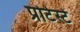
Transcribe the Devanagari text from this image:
प्रोटेस्टें